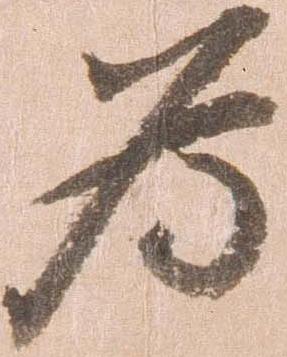
為